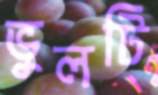
ভুলটি